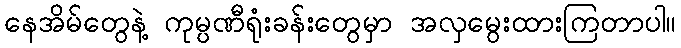
နေအိမ်တွေနဲ့ ကုမ္ပဏီရုံးခန်းတွေမှာ အလှမွေးထားကြတာပါ။